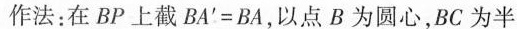
作法：在BP上截BA^{\prime}=BA，以点B为圆心，BC为半